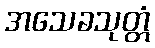
အသေခသုတ္တံ